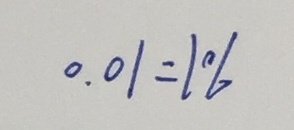
0 . 0 1 = 1 \%